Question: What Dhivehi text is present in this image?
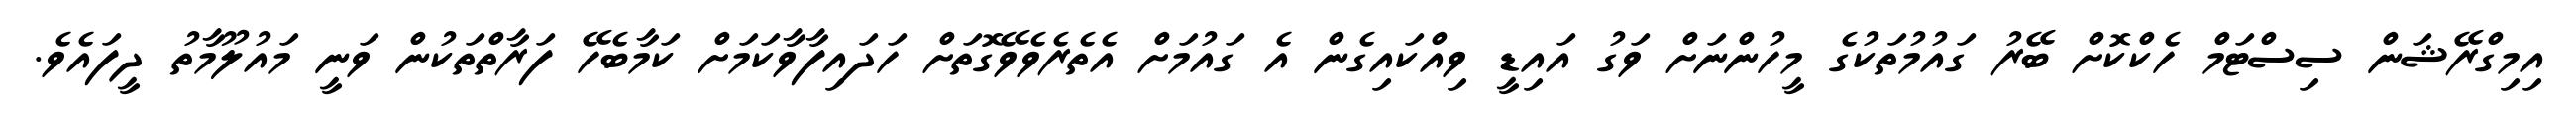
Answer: އިމިގްރޭޝަން ސިސްޓަމް ހެކްކޮށް ބޭރު ގައުމުތަކުގެ މީހުންނަށް ވަގު އައިޑީ ވިއްކައިގެން އެ ގައުމަށް އެތެރެވެވޭގޮތަށް ހަދައިފާވާކަމަށް ކަމާބެހޭ ފަރާތްތަކުން ވަނީ މައުލޫމާތު ދީފައެވެ.